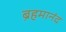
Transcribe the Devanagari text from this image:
ब्रहमानंद